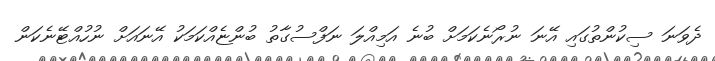
ދެވަނަ ސިކުންތުގައި އޭނަ ނުރޯނެކަމަށް ބުނެ އަމިއްލަ ނަފްސުގާތު ބުންޏެއްކަމަކު އޭނައަށް ނުހުއްޓޭނެކަން